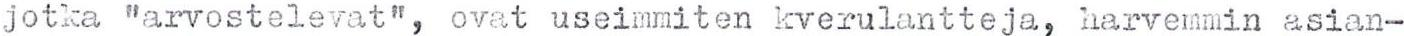
jotka "arvostelevat", ovat useimmiten kverulantteja, harvemmin asian-